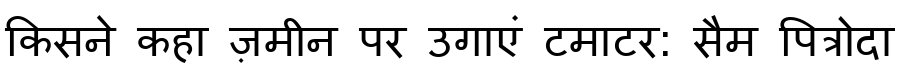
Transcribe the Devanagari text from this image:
किसने कहा ज़मीन पर उगाएं टमाटर: सैम पित्रोदा